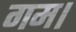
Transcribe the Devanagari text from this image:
गम।